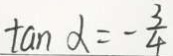
\tan \alpha = - \frac { 3 } { 4 }